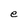
Character: e